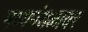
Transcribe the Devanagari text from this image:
मध्यमंडळावर